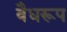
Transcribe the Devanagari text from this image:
वैधरूप